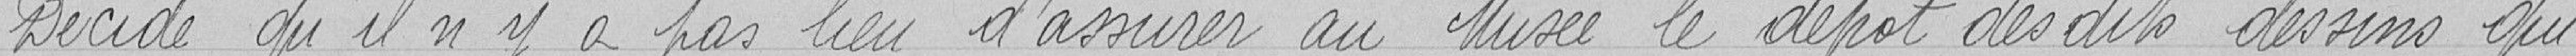
Décide qu'il n'y a pas lieu d'assurer au Musée le dépôt des dits dessins qui